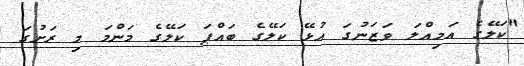
"ކަލޭގެ އަމިއްލަ ވަޒަނުގަ އުޅޭ ކަލޭގެ ބައްޕަ ކަލޭގެ މަންމަ މި ރަށުގަ